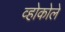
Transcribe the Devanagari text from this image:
व्होकोले